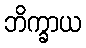
ဘိက္ခာယ